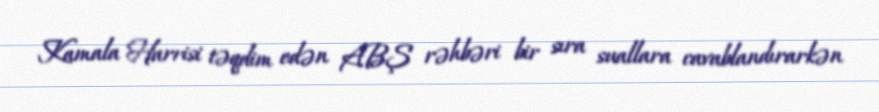
Kamala Harrisi təqdim edən ABŞ rəhbəri bir sıra suallara cavablandırarkən